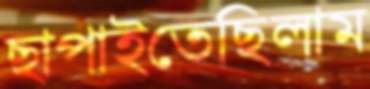
ছাপাইতেছিলাম